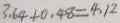
3 . 6 4 + 0 . 4 8 = 4 . 1 2